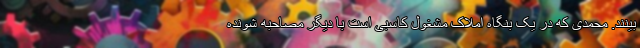
بینند. محمدی که در یک بنگاه املاک مشغول کاسبی است با دیگر مصاحبه شونده